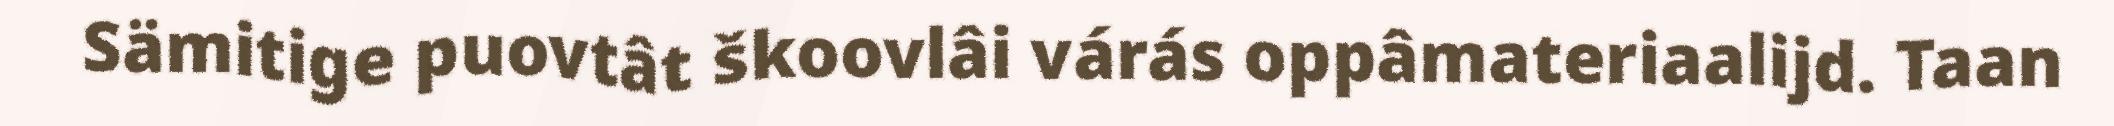
Sämitige puovtât škoovlâi várás oppâmateriaalijd. Taan